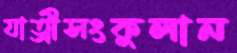
যাত্রীসংকুলান